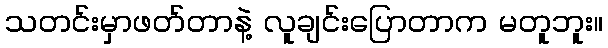
သတင်းမှာဖတ်တာနဲ့ လူချင်းပြောတာက မတူဘူး။